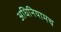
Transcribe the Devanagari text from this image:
अधिनियामच